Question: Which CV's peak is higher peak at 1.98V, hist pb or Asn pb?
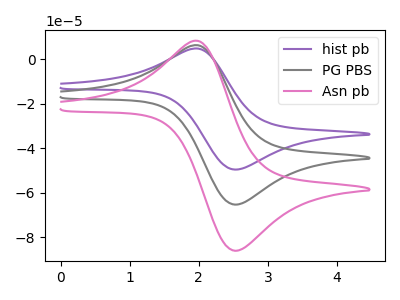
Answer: <think>The purple curve "hist pb" has an anodic peak at (2.00V, 12.40uA) and a cathodic peak at (2.55V, -130.70uA). The gray curve "PG PBS" has an anodic peak at (2.00V, 6.20uA) and a cathodic peak at (2.55V, -65.35uA). The pink curve "Asn pb" has an anodic peak at (2.00V, 8.15uA) and a cathodic peak at (2.55V, -86.05uA).</think>
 <answer>The peak at 1.98V is higher in "hist pb" than in "Asn pb".</answer>
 <eval>higher</eval>